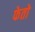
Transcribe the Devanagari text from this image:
फेतो